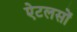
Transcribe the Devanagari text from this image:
ऐटलसों